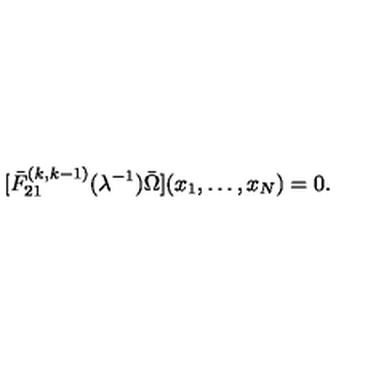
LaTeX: [ \bar { F } _ { 2 1 } ^ { ( k , k - 1 ) } ( \lambda ^ { - 1 } ) \bar { \Omega } ] ( x _ { 1 } , \ldots , x _ { N } ) = 0 .